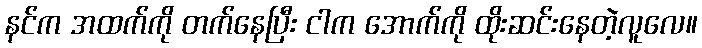
နင်က အထက်ကို တက်နေပြီး ငါက အောက်ကို ထိုးဆင်းနေတဲ့လူလေ။